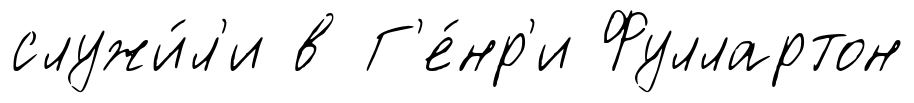
служи́л'и в Г'е́нр'и Фуллартон